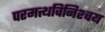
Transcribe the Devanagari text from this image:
परमत्थविनिश्चय